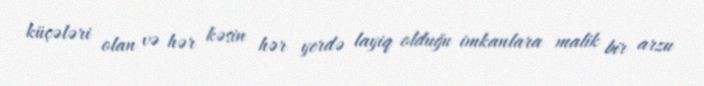
küçələri olan və hər kəsin hər yerdə layiq olduğu imkanlara malik bir arzu